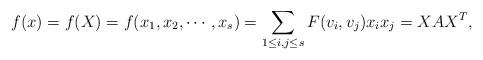
LaTeX: \begin{align*}f(x)=f(X)=f(x_{1},x_{2},\cdots,x_{s})&=\sum_{1\leq i,j\leq s}F(v_i,v_j)x_{i}x_{j}=XAX^T,\end{align*}